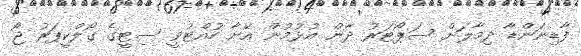
ފާޑިނަންޑާ ދިމާލަށް ސަޕޯޓަރު ދާން އުޅުމުން އޭނާ ހުއްޓުވީ ސިޓީގެ ގޯލްކީޕަރު ޖޯ